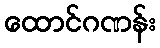
ထောင်ဂဏန်း